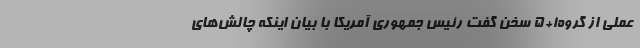
عملی از گروه۱+۵ سخن گفت رئیس جمهوری آمریکا با بیان اینکه چالش‌های